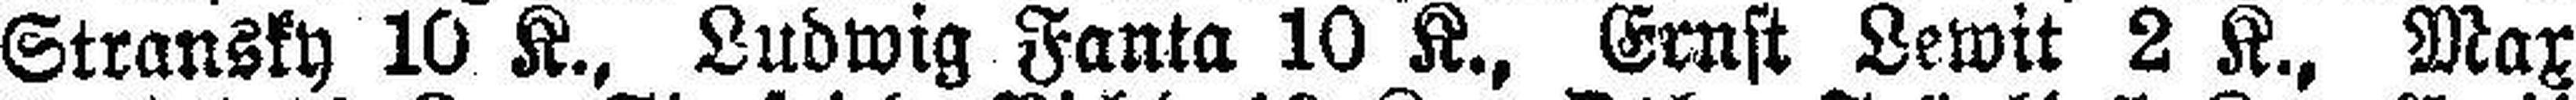
Stransky 10 K., Ludwig Fanta 10 K., Ernst Lewit 2 K., Max